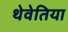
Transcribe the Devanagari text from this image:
थेवेतिया